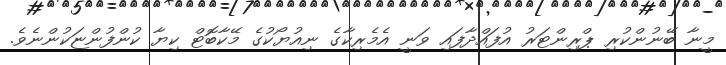
މީނާ ބޭނުންކުރި ޕްރިންޓަރު އުފައްދާފައި ވަނީ އެމެރިކާގެ ނިއުޔޯކުގެ މޭކާބޮޓް ކިޔާ ކުންފުންޏަކުންނެވެ.